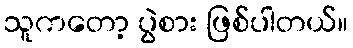
သူကတော့ ပွဲစား ဖြစ်ပါတယ်။